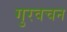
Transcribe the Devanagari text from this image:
गुरवचन